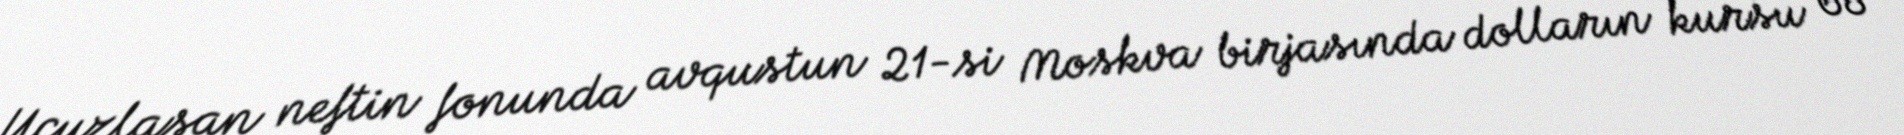
Ucuzlaşan neftin fonunda avqustun 21-si Moskva birjasında dolların kursu 68